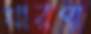
থারপা